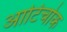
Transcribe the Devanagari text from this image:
आटिचोक